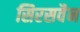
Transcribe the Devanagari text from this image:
सिरसवैन